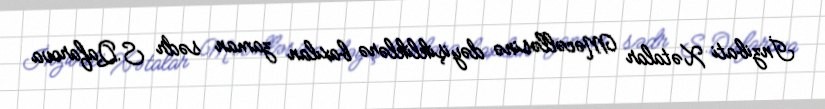
İnzibati Xətalar Məcəlləsinə dəyişikliklərə baxılan zaman sədr S.Qafarova